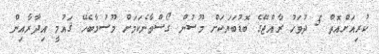
ކުރިއަށްއޮތް 5 ދުވަހު ރާއްޖޭގެ ބޮޑުބަޔަކަށް މޫސުން ގޯސްވާނެކަމަށް މޫސުމާބެހޭ ޤައުމީ އިދާރާއިން